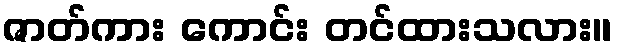
ဇာတ်ကား ကောင်း တင်ထားသလား။